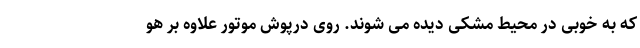
که به خوبی در محیط مشکی دیده می شوند. روی درپوش موتور علاوه بر هو